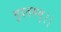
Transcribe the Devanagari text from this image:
मुदतमम्।।